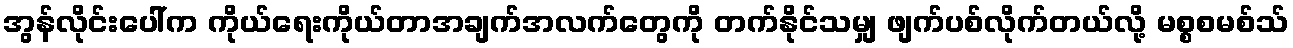
အွန်လိုင်းပေါ်က ကိုယ်ရေးကိုယ်တာအချက်အလက်တွေကို တက်နိုင်သမျှ ဖျက်ပစ်လိုက်တယ်လို့ မစ္စစမစ်သ်